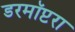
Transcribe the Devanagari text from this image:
डरमॉप्टरा